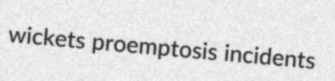
wickets proemptosis incidents